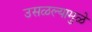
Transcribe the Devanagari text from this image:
उसळल्यामुळे